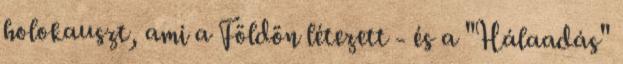
holokauszt, ami a Földön létezett - és a "Hálaadás"